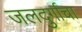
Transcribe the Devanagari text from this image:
जलदुर्गाचा